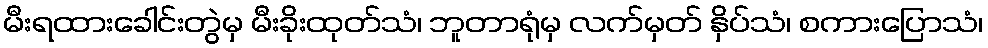
မီးရထားခေါင်းတွဲမှ မီးခိုးထုတ်သံ၊ ဘူတာရုံမှ လက်မှတ် နှိပ်သံ၊ စကားပြောသံ၊